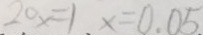
2 0 x = 1 x = 0 . 0 5